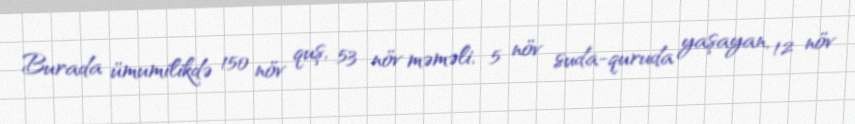
Burada ümumilikdə 150 növ quş, 53 növ məməli, 5 növ suda-quruda yaşayan, 12 növ